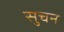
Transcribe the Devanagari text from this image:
सुचन